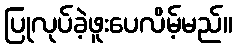
ပြုလုပ်ခဲ့ဖူးပေလိမ့်မည်။